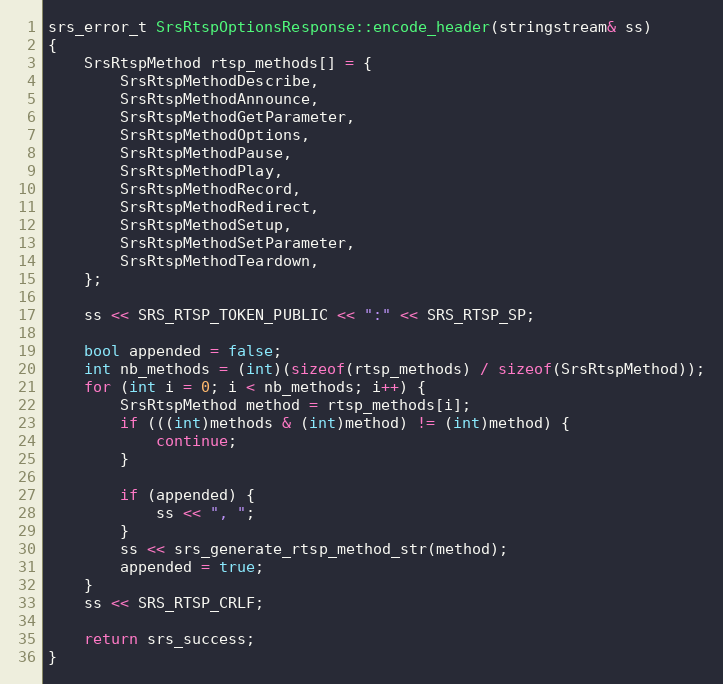
Language: C++
srs_error_t SrsRtspOptionsResponse::encode_header(stringstream& ss)
{
    SrsRtspMethod rtsp_methods[] = {
        SrsRtspMethodDescribe,
        SrsRtspMethodAnnounce,
        SrsRtspMethodGetParameter,
        SrsRtspMethodOptions,
        SrsRtspMethodPause,
        SrsRtspMethodPlay,
        SrsRtspMethodRecord,
        SrsRtspMethodRedirect,
        SrsRtspMethodSetup,
        SrsRtspMethodSetParameter,
        SrsRtspMethodTeardown,
    };

    ss << SRS_RTSP_TOKEN_PUBLIC << ":" << SRS_RTSP_SP;

    bool appended = false;
    int nb_methods = (int)(sizeof(rtsp_methods) / sizeof(SrsRtspMethod));
    for (int i = 0; i < nb_methods; i++) {
        SrsRtspMethod method = rtsp_methods[i];
        if (((int)methods & (int)method) != (int)method) {
            continue;
        }

        if (appended) {
            ss << ", ";
        }
        ss << srs_generate_rtsp_method_str(method);
        appended = true;
    }
    ss << SRS_RTSP_CRLF;

    return srs_success;
}